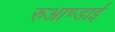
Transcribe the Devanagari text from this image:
रुआण्डाई